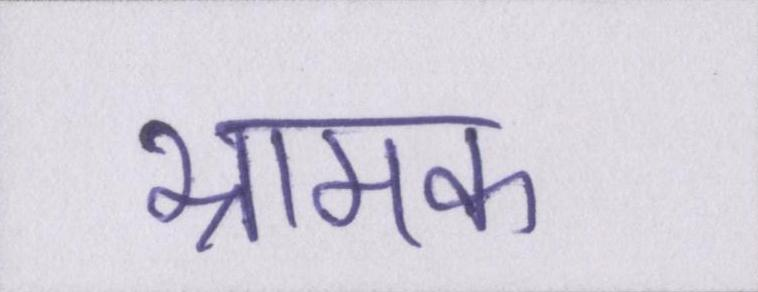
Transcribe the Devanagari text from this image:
भ्रामक